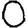
Digit: 0